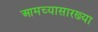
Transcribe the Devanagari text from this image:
आमच्यासारख्या